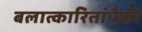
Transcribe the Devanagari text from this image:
बलात्‍कारितांपैकी